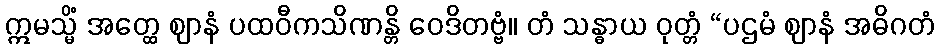
ဣမသ္မိံ အတ္ထေ ဈာနံ ပထဝီကသိဏန္တိ ဝေဒိတဗ္ဗံ။ တံ သန္ဓာယ ဝုတ္တံ “ပဌမံ ဈာနံ အဓိဂတံ